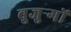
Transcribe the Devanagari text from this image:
बुजुऱ्गों